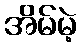
အိမ်မဲ့